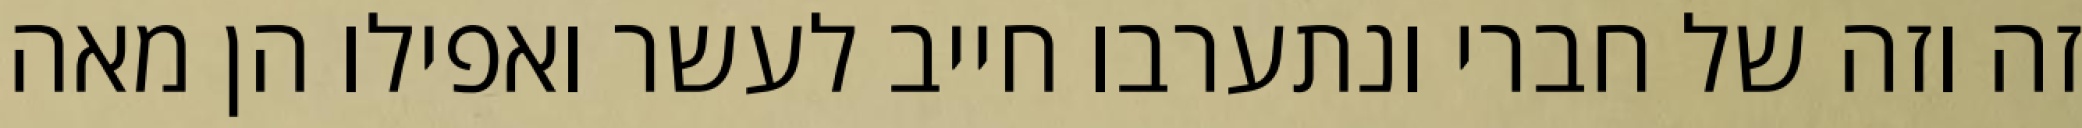
זה וזה של חברי ונתערבו חייב לעשר ואפילו הן מאה